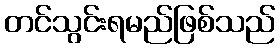
တင်သွင်းရမည်ဖြစ်သည်